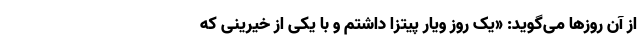
از آن روزها می‌گوید: «یک روز ویار پیتزا داشتم و با یکی از خیرینی که